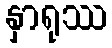
နှာရုဿ